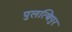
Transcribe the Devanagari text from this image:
पुलत्थिपुर